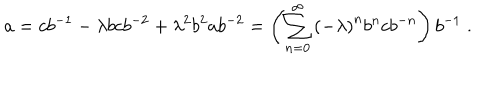
LaTeX: a = c b ^ { - 1 } - \lambda b c b ^ { - 2 } + \lambda ^ { 2 } b ^ { 2 } a b ^ { - 2 } = \left( \sum _ { n = 0 } ^ { \infty } \left( - \lambda \right) ^ { n } b ^ { n } c b ^ { - n } \right) b ^ { - 1 } \; .